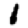
Digit: 1